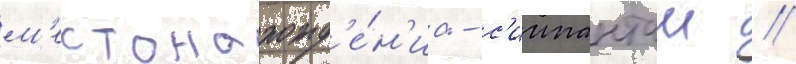
м'естонахожд'е́н'иа - с'иипанташ //